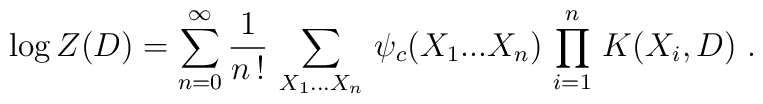
\left.\log Z(D) = \sum_{n =0}^{\infty} \frac{1}{n \, !} \, \sum_{X_{1}...X_{n}} \,\psi_{c}(X_{1}...X_{n}) \, \prod_{i = 1}^{n} \, K(X_{i},D) \ . \right.